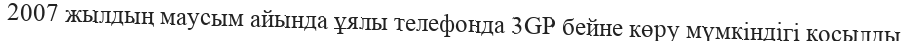
2007 жылдың маусым айында ұялы телефонда 3GP бейне көру мүмкіндігі қосылды.